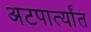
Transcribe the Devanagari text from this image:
अटपार्त्यांत